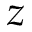
z